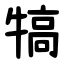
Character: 犒